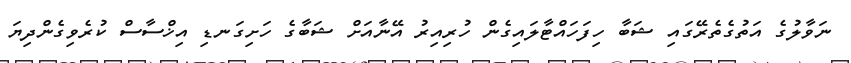
ނަވާލުގެ އަތުގެތެރޭގައި ޝަބާ ހިފަހައްޓާލައިގެން ހުރިއިރު އޭނާއަށް ޝަބާގެ ހަށިގަނޑި އިޚްސާސް ކުރެވިގެންދިޔަ